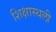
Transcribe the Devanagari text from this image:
शिक्षास्थली